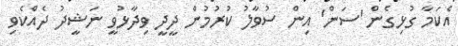
އެކަމާ ގުޅިގެން 'ސަން' އިން ސުވާލު ކުރުމުން ދީދީ ވިދާޅުވީ ނަޝީދު ދެއްކެވި